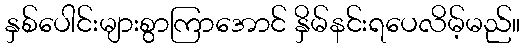
နှစ်ပေါင်းများစွာကြာအောင် နှိမ်နင်းရပေလိမ့်မည်။